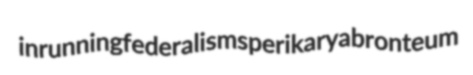
inrunning federalisms perikarya bronteum